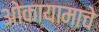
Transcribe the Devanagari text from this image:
ओकायामाचे